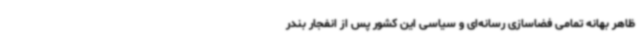
ظاهر بهانه تمامی فضاسازی رسانه‌ای و سیاسی این کشور پس از انفجار بندر